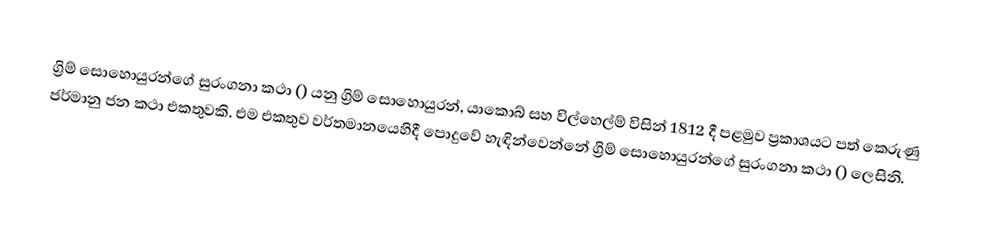
ග්‍රිම් සොහොයුරන්ගේ සුරංගනා කථා () යනු ග්‍රිම් සොහොයුරන්, යාකොබ් සහ විල්හෙල්ම් විසින් 1812 දී පළමුව ප්‍රකාශයට පත් කෙරුණු ජර්මානු ජන කථා එකතුවකි. එම එකතුව වර්තමානයෙහිදී පොදුවේ හැඳින්වෙන්නේ  ග්‍රිම් සොහොයුරන්ගේ සුරංගනා කථා  () ලෙසිනි.